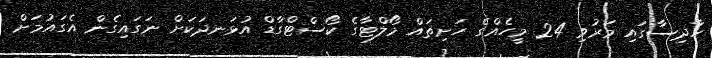
ހާދިސާގައި މަރުވި 24 މީހެއްގެ ހަށިތައް މޯލްޓާގެ ކޯސްޓްގާޑް އުޅަނދަކަށް ނަގައިގެން އެގައުމަށް